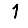
Digit: 1